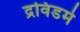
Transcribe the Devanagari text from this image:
द्रविडमे